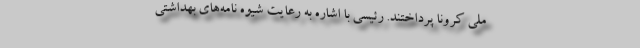
ملی کرونا پرداختند. رئیسی با اشاره به رعایت شیوه نامه‌های بهداشتی